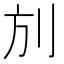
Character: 𠛍